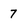
Character: 7